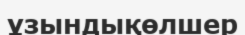
ұзындықөлшер